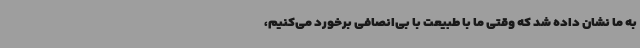
به ما نشان داده شد که وقتی ما با طبیعت با بی‌انصافی برخورد می‌کنیم،